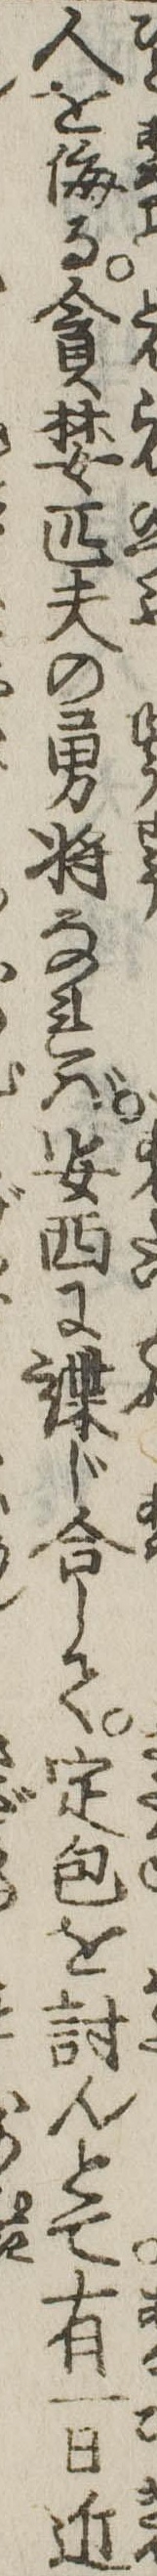
人を侮る貪婪匹夫の勇将なれば安西に諜じ合して定包を討んとて有一日近